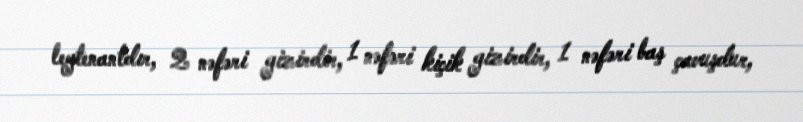
leytenantdır, 2 nəfəri gizirdir, 1 nəfəri kiçik gizirdir, 1 nəfəri baş çavuşdur,